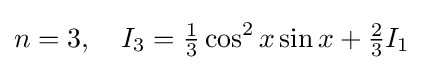
n=3,\quad I_{3}={\tfrac {1}{3}}\cos ^{2}x\sin x+{\tfrac {2}{3}}I_{1}